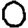
Digit: 0